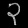
Digit: ၃